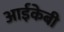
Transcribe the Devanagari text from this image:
आईकेबी